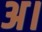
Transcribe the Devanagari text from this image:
अ।